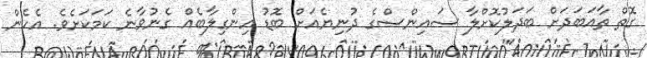
ގޮތް ތާއަބަދަށް ބަދަލުކޮށްލާ ސައިންސްގެ ދުނިޔެއަށް ބޮޑު އިންގިލާބެއް ގެނުވާނެ ކަމަކަށެވެ. އެހެން